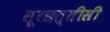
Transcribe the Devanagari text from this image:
सूरछत्तीसी